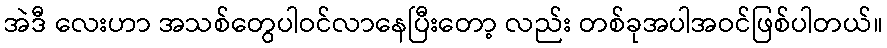
အဲဒီ လေးဟာ အသစ်တွေပါဝင်လာနေပြီးတော့ လည်း တစ်ခုအပါအဝင်ဖြစ်ပါတယ်။